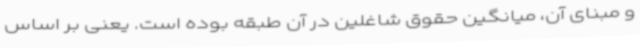
و مبنای آن، میانگین حقوق شاغلین در آن طبقه بوده است. یعنی بر اساس